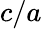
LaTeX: c/a